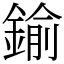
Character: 鍮